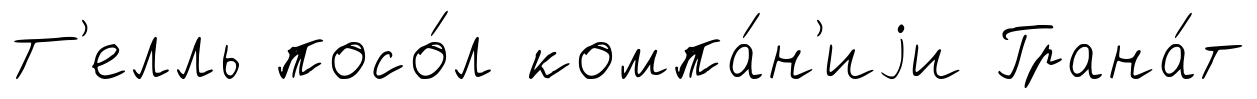
Т'елль посо́л компа́н'иjи Грана́т